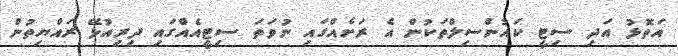
އަތޮޅު އަދި ސިޓީ ކައުންސިލްތަކުން އެ ރަށެއްގައި ނުވަތަ ސިޓީއެއްގައި ދިރިއުޅޭ ރައްޔިތުން